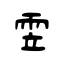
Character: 雴